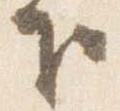
下